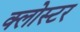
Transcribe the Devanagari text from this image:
क्लोस्टर